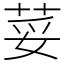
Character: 荽